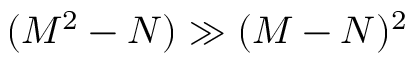
( M ^ { 2 } - N ) \gg ( M - N ) ^ { 2 }